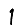
Digit: 1